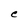
Character: e